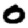
Digit: 0